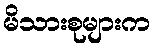
မိသားစုများက